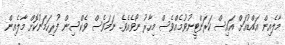
މާލެއިން އައްޑުއަށް އައިސް ކަރަންޓީނުވުމެއްވެސް މިހާރު ނޯވެއެވެ. ނަމަވެސް ވެކްސިން ފުރިހަމަނުކޮށް މާލެއިން